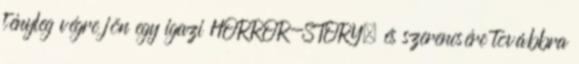
tényleg végre jön egy igazi HORROR-STORY, és szerencsére továbbra